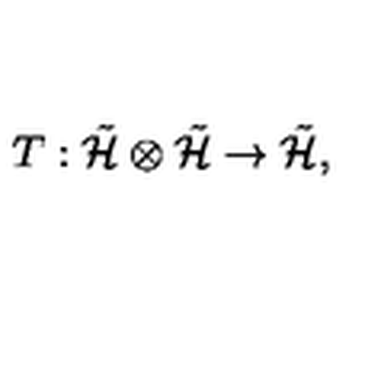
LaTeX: T : \tilde { \cal H } \otimes \tilde { \cal H } \rightarrow \tilde { \cal H } ,